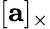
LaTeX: [\mathbf{a}]_{\times}